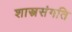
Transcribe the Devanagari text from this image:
शास्त्रसंगति